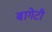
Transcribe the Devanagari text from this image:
बागेटी